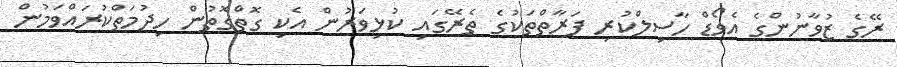
ރޭގެ ޒުވާނުންގެ އެވޯޑް ހާސިލްކުރި ފަރާތްތަކުގެ ތެރޭގައި ކުޅިވަރުން އެކި ގޮތްގޮތުން ހިދުމަތްކުރައްވަމުން